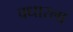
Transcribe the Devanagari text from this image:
वधारला